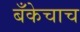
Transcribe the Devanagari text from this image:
बँकेचाच